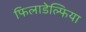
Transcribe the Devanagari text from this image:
फिलाडेल्‍फिया